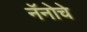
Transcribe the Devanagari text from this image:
नॅनोचे